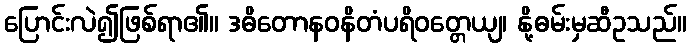
ပြောင်းလဲ၍ဖြစ်ရာ၏။ ဒဓိတောနဝနိတံပရိဝတ္တေယျ၊ နို့ဓမ်းမှဆီဥသည်။